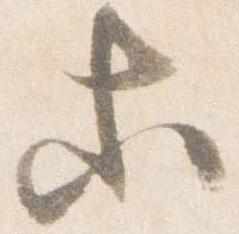
等